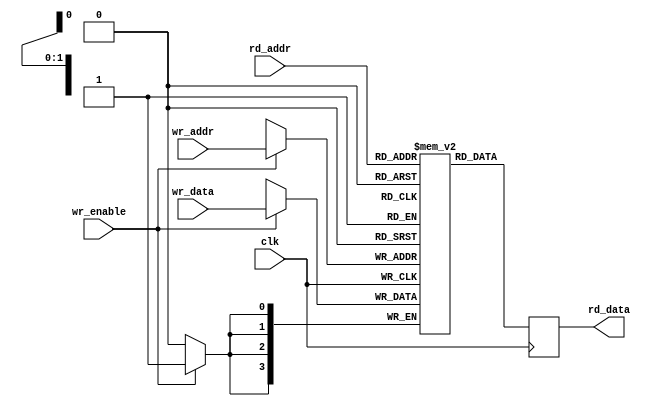
module mem(clk, wr_enable, wr_addr, wr_data, rd_addr, rd_data);

input clk;
input wr_enable;
input [1:0] wr_addr;
input [3:0] wr_data;
input [1:0] rd_addr;
output [3:0] rd_data;

reg [3:0] mem[0:3];
reg [3:0] rd_data;


always @(posedge clk) begin
    if(wr_enable == 1'b1) begin
        mem[wr_addr] <= #1 wr_data;
    end

    rd_data <= #1 mem[rd_addr];
end

endmodule